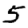
Digit: 5